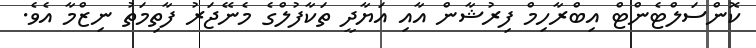
ކޮންސަލްޓެންޓް އިބްރާހިމް ފިރުޝާން އާއި އަޔާދީ ތަކާފުލްގެ މެނޭޖަރު ފާތިމަތު ނިޒްމާ އެވެ.